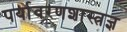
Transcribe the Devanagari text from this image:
पर्यावरणशास्त्रज्ञ